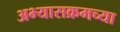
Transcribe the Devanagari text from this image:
अभ्यासक्रमच्या